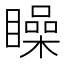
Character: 矂